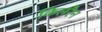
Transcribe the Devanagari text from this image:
किलरैन